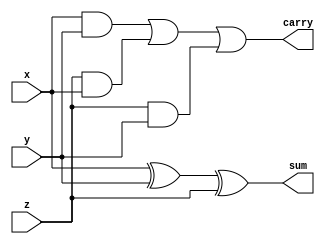
module full_adder1b(
    input x, y, z,
    output sum, carry
);
    assign sum = x ^ y ^ z;
    assign carry = ((x & y) | (z & x) | (z & y));
endmodule

module adder_cum_subtractor4b (
    input [3:0] x, z,
    input cin,
    output [3:0] sum,
    output carry
);
    wire cout1, cout2, cout3;
    wire [3:0] y;
    assign y = {z[3] ^ cin, z[2] ^ cin, z[1] ^ cin, z[0] ^ cin};
    full_adder1b FA1 (x[0], y[0], cin, sum[0], cout1);
    full_adder1b FA2 (x[1], y[1], cout1, sum[1], cout2);
    full_adder1b FA3 (x[2], y[2], cout2, sum[2], cout3);
    full_adder1b FA4 (x[3], y[3], cout3, sum[3], carry);
endmodule

module adder_cum_subtractor8b (
    input [7:0] a, b,
    input op,
    output [7:0] result,
    output carry_out
);
    wire carry;
    wire [3:0] sum1, sum2;
    adder_cum_subtractor4b A1 (a[3:0], b[3:0], op, sum1, carry);
    adder_cum_subtractor4b A2 (a[7:4], b[7:4], carry, sum2, carry_out);
    assign result = {sum2, sum1};
endmodule

module mux1b4to1 (
    input a, b, c, d,
    input s1, s2,
    output e
);
    wire p, q, r, s;
    assign p=((~s1) & (~s2)) & a;
    assign q=((~s1) & (s2)) & b;
    assign r=((s1) & (~s2)) & c;
    assign s=((s1) & (s2)) & d;
    assign e = p|q|r|s;
endmodule

module alu (
    input [7:0] a, b,
    input [3:0] opcode,
    output reg [7:0] result,
    output carry_out
);
    wire [7:0] sum, diff, and_result, or_result;
    wire carry_sum, carry_diff;

    adder_cum_subtractor8b ADDER (a, b, 1'b0, sum, carry_sum);
    adder_cum_subtractor8b SUBTRACTOR (a, b, 1'b1, diff, carry_diff);

    assign and_result = a & b;
    assign or_result = a | b;

    always @(*) begin
        case (opcode)
            4'b0000: result = sum;           // ADD
            4'b0001: result = diff;          // SUBTRACT
            4'b0010: result = and_result;    // AND
            4'b0011: result = or_result;     // OR
            // Add more operations as needed
            default: result = 8'b00000000;
        endcase
    end

    assign carry_out = (opcode == 4'b0000) ? carry_sum : 
                       (opcode == 4'b0001) ? carry_diff : 1'b0;
endmodule